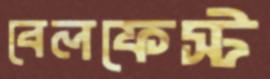
বেলফেস্ট